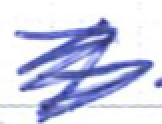
Text: 7
Cross-out: mix
Writing tool: ballpoint